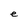
Character: e